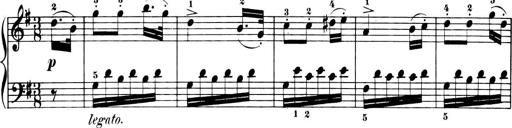
Title: 6 Piano Sonatinas
Composer: Cornelius Gurlitt